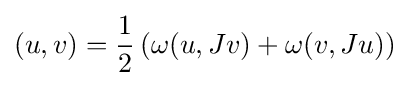
(u,v)={\frac {1}{2}}\left(\omega (u,Jv)+\omega (v,Ju)\right)